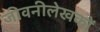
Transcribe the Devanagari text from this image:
जीवनीलेखकों